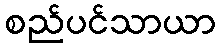
စည်ပင်သာယာ